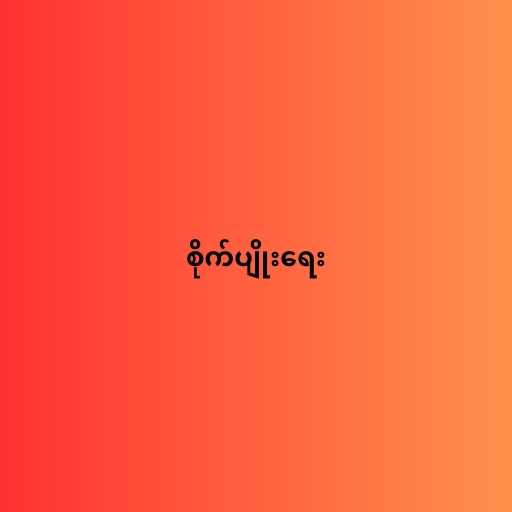
စိုက်ပျိုးရေး